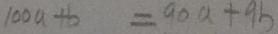
1 0 0 a + b = 9 0 a + 9 b